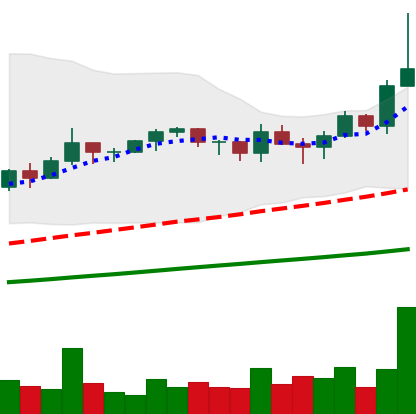
Ticker: TRX-USD
Chart end date: 2021-03-20
Forward return: -8.936%
Label: down_7plus